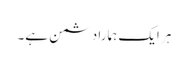
ہر ایک ہمارا دشمن ہے۔